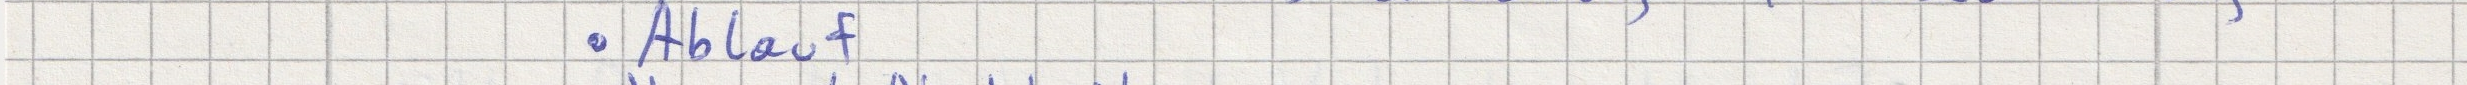
- Ablauf